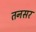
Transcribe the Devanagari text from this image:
तनसर